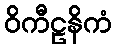
ဝိကီဠနိကံ